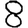
Digit: 8